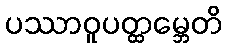
ပဿာဝူပတ္ထမ္ဘေတိ